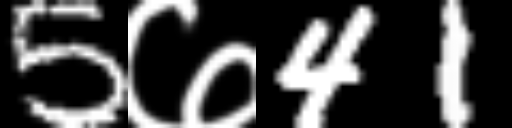
Text: 5७41